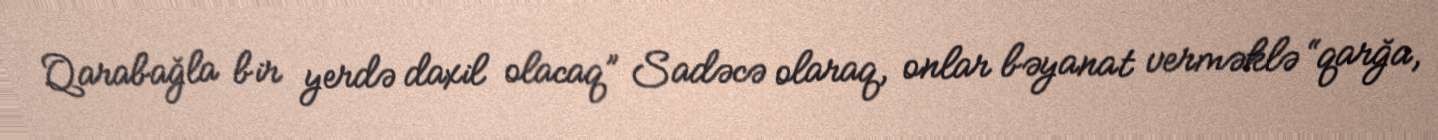
Qarabağla bir yerdə daxil olacaq” Sadəcə olaraq, onlar bəyanat verməklə “qarğa,